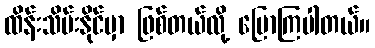
ထိန်းသိမ်းနိုင်မှာ ဖြစ်တယ်လို့ ပြောကြပါတယ်။